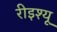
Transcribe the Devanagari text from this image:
रीइश्यू